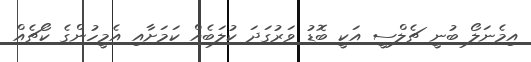
އިމެނަލޯ ބުނީ ޗެލްސީ އަކީ ބޮޑު ވަރުގަދަ ކުލަބެއް ކަމަށާއި އެމީހުންގެ ކޯޗެއް